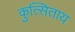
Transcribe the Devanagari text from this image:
कुत्सिताय